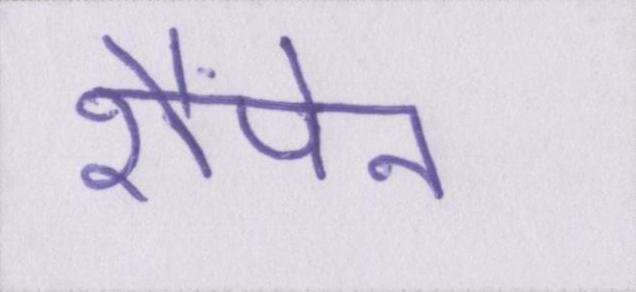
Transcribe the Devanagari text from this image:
शैंपेंन